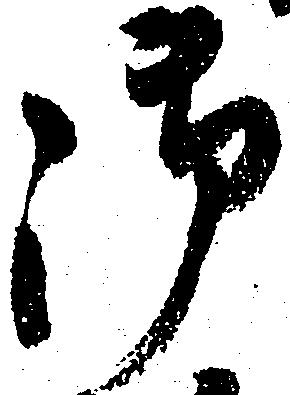
御